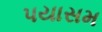
પયાસમ